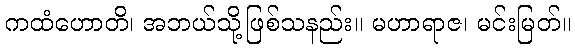
ကထံဟောတိ၊ အဘယ်သို့ဖြစ်သနည်း။ မဟာရာဇ၊ မင်းမြတ်။